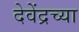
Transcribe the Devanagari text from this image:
देवेंद्रच्या